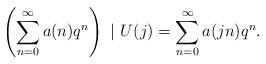
LaTeX: \begin{align*} \left( \sum_{n=0}^\infty a(n)q^n \right)\ |\ U(j) = \sum_{n=0}^\infty a(jn)q^n.\end{align*}